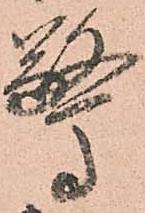
驚